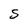
Character: S